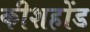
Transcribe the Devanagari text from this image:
कीशहोंड